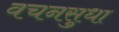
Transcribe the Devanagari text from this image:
वचनसुधा